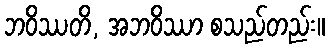
ဘဝိဿတိ, အဘဝိဿာ စသည်တည်း။